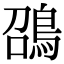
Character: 䳂